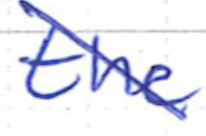
Text: the
Cross-out: diagonal
Writing tool: ballpoint